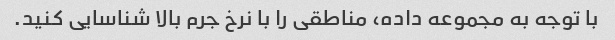
با توجه به مجموعه داده، مناطقی را با نرخ جرم بالا شناسایی کنید.